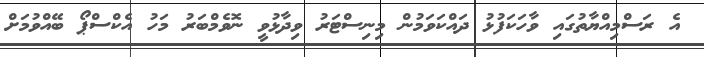
އެ ރަސްމިއްޔާތުގައި ވާހަކަފުޅު ދައްކަވަމުން މިނިސްޓަރު ވިދާޅުވީ ނޮވެމްބަރު މަހު އެކްސްޕޯ ބޭއްވުމަށް